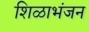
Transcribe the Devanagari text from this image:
शिळाभंजन